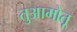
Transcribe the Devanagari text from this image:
तुआमोतू